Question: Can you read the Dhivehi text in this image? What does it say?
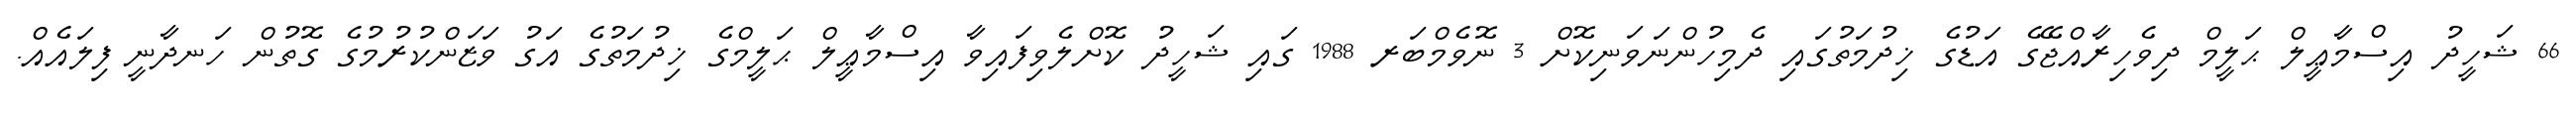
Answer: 66 ޝަހީދު އިސްމާޢީލް ޙަލީމް ދިވެހިރާއްޖޭގެ އަޑުގެ ޚިދުމަތުގައި ދެމިހުންނަވަނިކޮށް 3 ނޮވެމްބަރ 1988 ގައި ޝަހީދު ކޮށްލެވިފައިވާ އިސްމާޢީލް ޙަލީމްގެ ޚިދުމަތުގެ އަގު ވަޒަންކުރުމުގެ ގޮތުން ހަނދާނީ ފިލައެއް.